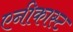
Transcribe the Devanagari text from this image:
एनीकास्ट